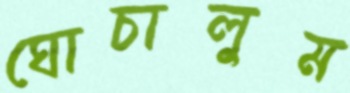
ঘোচালুম